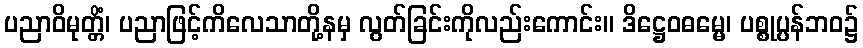
ပညာဝိမုတ္တိံ၊ ပညာဖြင့်ကိလေသာတို့နမှ လွတ်ခြင်းကိုလည်းကောင်း။ ဒိဋ္ဌေဝဓမ္မေ၊ ပစ္စုပ္ပန်ဘဝ၌